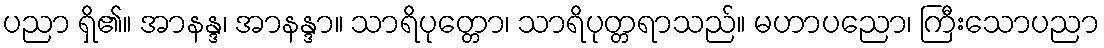
ပညာ ရှိ၏။ အာနန္ဒ၊ အာနန္ဒာ။ သာရိပုတ္တော၊ သာရိပုတ္တရာသည်။ မဟာပညော၊ ကြီးသောပညာ